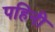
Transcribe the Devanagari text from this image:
पहिनी